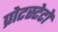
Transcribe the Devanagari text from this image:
प्रोटस्टेटों